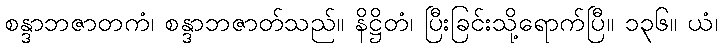
စန္ဒာဘဇာတကံ၊ စန္ဒာဘဇာတ်သည်။ နိဋ္ဌိတံ၊ ပြီးခြင်းသို့ရောက်ပြီ။ ၁၃၆။ ယံ၊